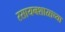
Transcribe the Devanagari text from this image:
रसायनशास्राच्या